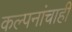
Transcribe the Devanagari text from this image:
कल्पनांचाही